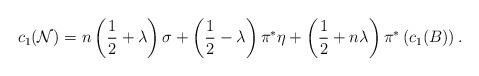
LaTeX: \begin{align*}c_1({\cal N}) = n\left({1\over 2} + \lambda\right)\sigma +\left({1\over 2} - \lambda\right)\pi^*\eta +\left({1\over 2} + n\lambda\right)\pi^*\left(c_1(B)\right).\end{align*}